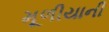
મૂળીયાની